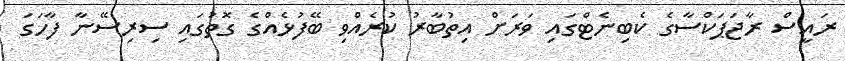
ރައީސް ރާޖަޕަކްސާގެ ކެބިނެޓްގައި ވަރަށް އިތުބާރު ކުރެއްވި ބޭފުޅެއްގެ ގޮތުގައި ސިރިސޭނާ ފާހަގަ